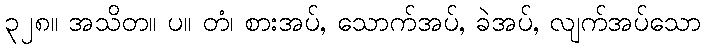
၃၂၈။ အသိတ။ ပ။ တံ၊ စားအပ်, သောက်အပ်, ခဲအပ်, လျက်အပ်သော